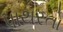
પાથરતો